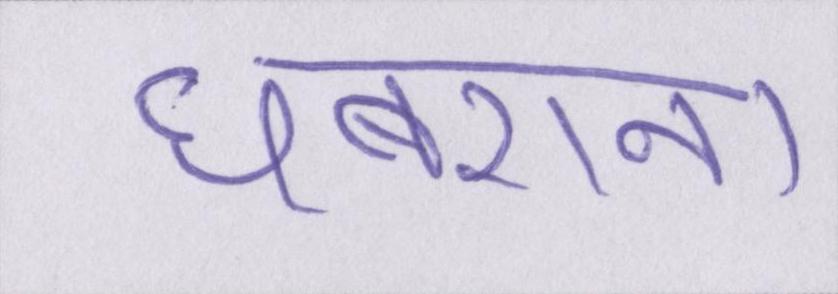
घबराना